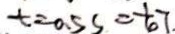
t = 0 . 5 s = \frac { 1 } { 6 } T .